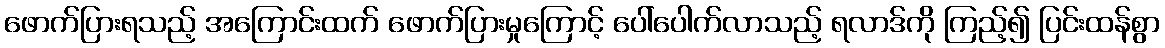
ဖောက်ပြားရသည့် အကြောင်းထက် ဖောက်ပြားမှုကြောင့် ပေါ်ပေါက်လာသည့် ရလာဒ်ကို ကြည့်၍ ပြင်းထန်စွာ